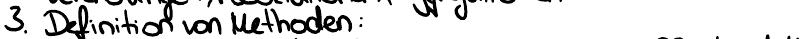
3. Definition von Methoden: